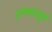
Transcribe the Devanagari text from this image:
रणचातुर्य